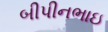
બીપીનભાઇ